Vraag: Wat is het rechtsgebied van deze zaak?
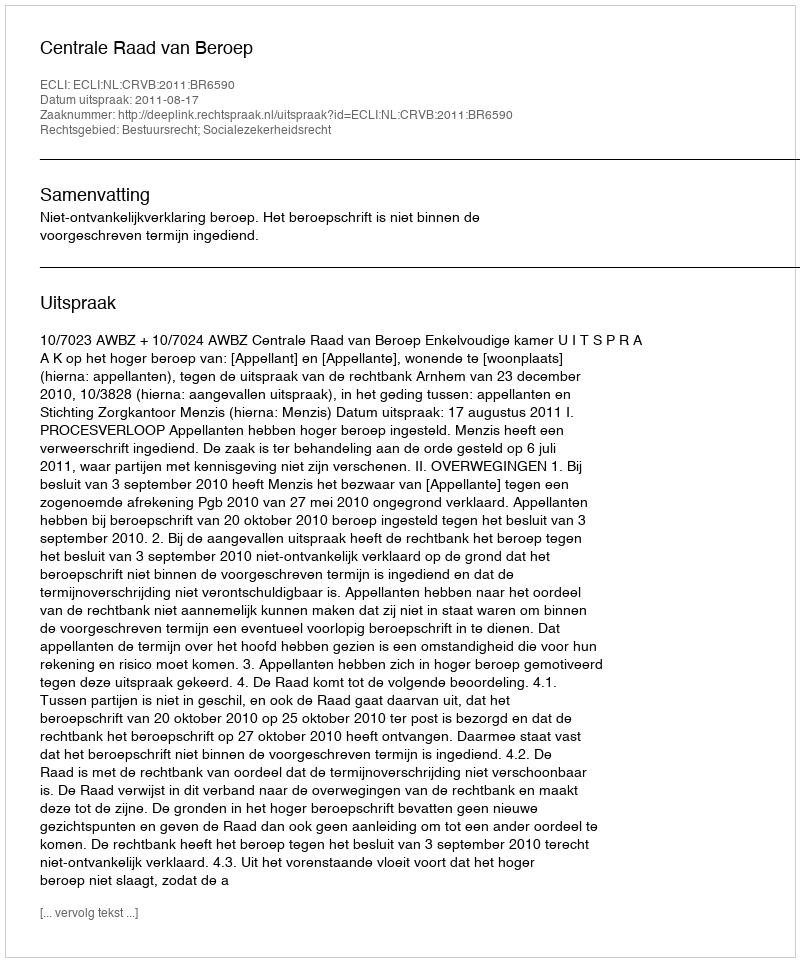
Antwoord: Bestuursrecht; Socialezekerheidsrecht